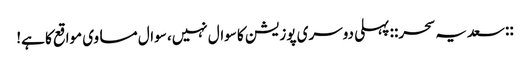
::سعدیہ سحر:: پہلی دوسری پوزیشن کا سوال نہیں، سوال مساوی مواقع کا ہے!